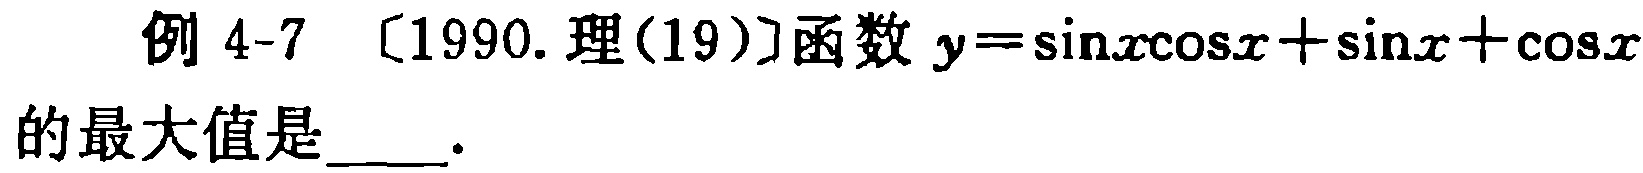
例 4-7 [1990. 理(19)]函数 \(y = \sin x\cos x+\sin x+\cos x\)的最大值是____.